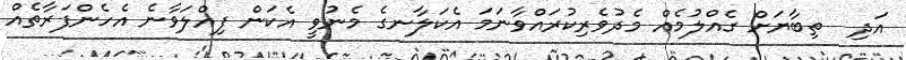
އަދި  ތިބާޔަށް ގެއްލުމެއް މެދުވެރިކުރައްވާނަމަ އެކަލާނގެ މެނުވީ އެކަން ފިއްލަވާނެ އެހެންފަރާތެއް